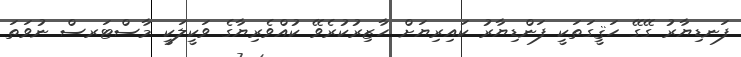
ފަނޑިޔާރު ގޭގޭ ހަޤީގަތަކީ ފަންޑިޔާރު ކައިރިޔަށް ހާޒިރުކުރެވޭ ކުއްވެރިޔާގެ ވަކީލަކީ މާސްޓަރސް ނުވަތަ